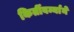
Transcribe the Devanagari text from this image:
किर्तीवर्म्याने